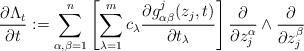
LaTeX: \begin{align*}\frac{\partial \Lambda_t}{\partial t}:=\sum_{\alpha,\beta=1}^n\left[\sum_{\lambda=1}^{m}c_{\lambda}\frac{\partial g_{\alpha \beta}^{j}(z_j,t)}{\partial t_{\lambda}}\right] \frac{\partial}{\partial z_{j}^{\alpha}}\wedge \frac{\partial}{\partial z_{j}^{\beta}}\end{align*}